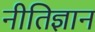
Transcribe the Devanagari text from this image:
नीतिज्ञान